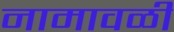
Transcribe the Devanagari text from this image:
नामावळी